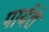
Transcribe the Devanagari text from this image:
पार्यते